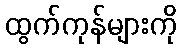
ထွက်ကုန်များကို